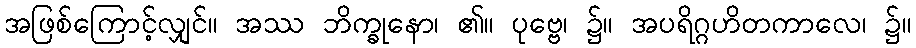
အဖြစ်ကြောင့်လျှင်။ အဿ ဘိက္ခုနော၊ ၏။ ပုဗ္ဗေ၊ ၌။ အပရိဂ္ဂဟိတကာလေ၊ ၌။